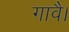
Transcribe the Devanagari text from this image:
गावै।